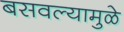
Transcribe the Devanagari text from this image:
बसवल्यामुळे